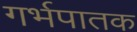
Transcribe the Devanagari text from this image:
गर्भपातक